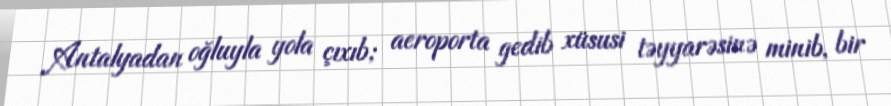
Antalyadan oğluyla yola çıxıb; aeroporta gedib xüsusi təyyarəsinə minib, bir